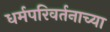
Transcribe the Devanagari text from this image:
धर्मपरिवर्तनाच्या